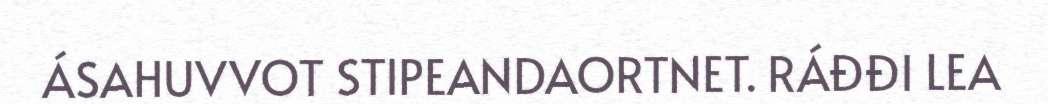
ÁSAHUVVOT STIPEANDAORTNET. RÁĐĐI LEA